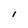
Character: 1